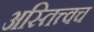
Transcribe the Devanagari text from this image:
अस्तित्त्वच